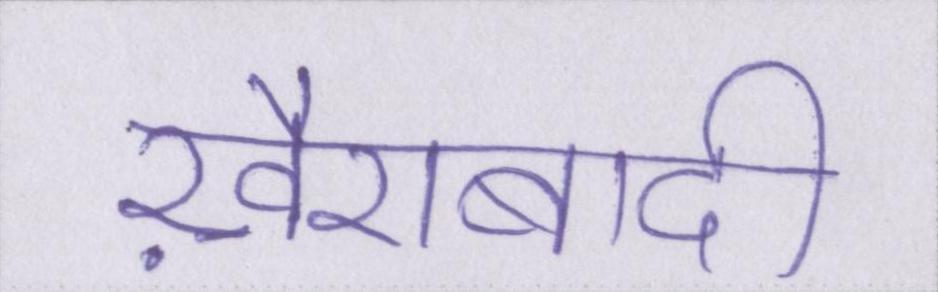
ख़ैराबादी